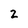
Character: 2